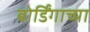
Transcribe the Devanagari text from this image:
बोर्डिंगाच्या